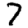
Digit: 7